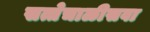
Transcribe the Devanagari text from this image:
सत्तेचाळीसवा